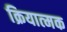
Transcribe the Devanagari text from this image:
क्रियात्‍मक